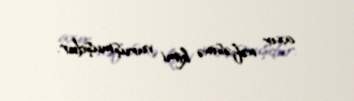
axır nəfəsinə kimi vuruşmuşdur.